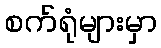
စက်ရုံများမှာ